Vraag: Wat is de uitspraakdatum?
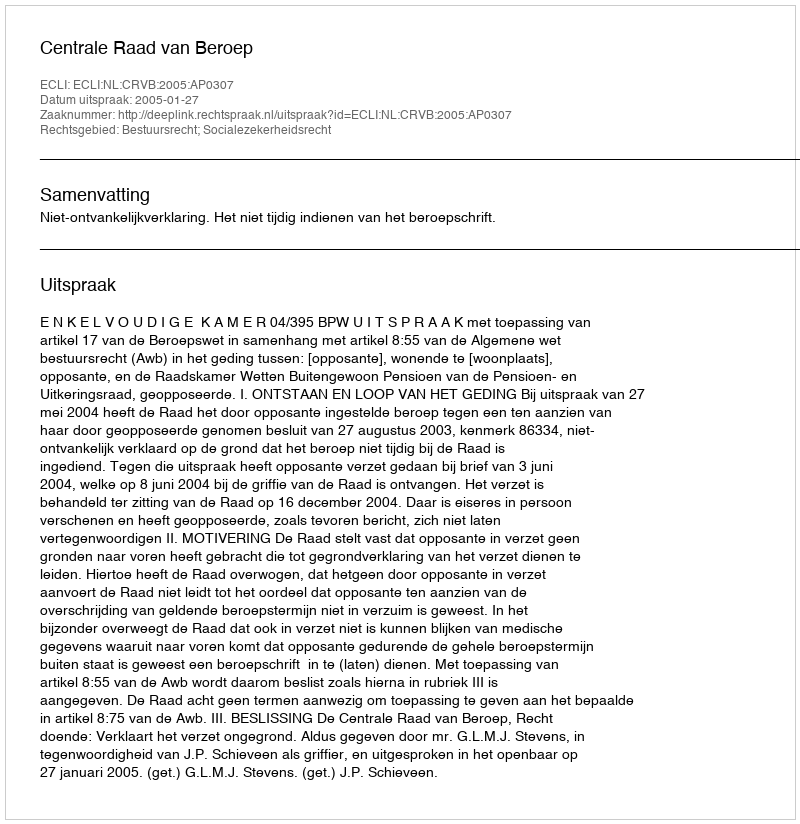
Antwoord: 2005-01-27